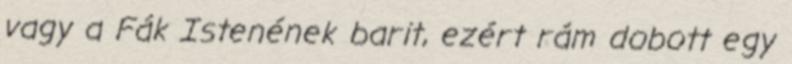
vagy a Fák Istenének barit, ezért rám dobott egy